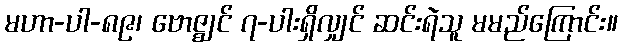
မဟာ-ပါ-၈၉၊ ဗောဇ္ဈင် ၇-ပါးရှိလျှင် ဆင်းရဲသူ မမည်ကြောင်း။